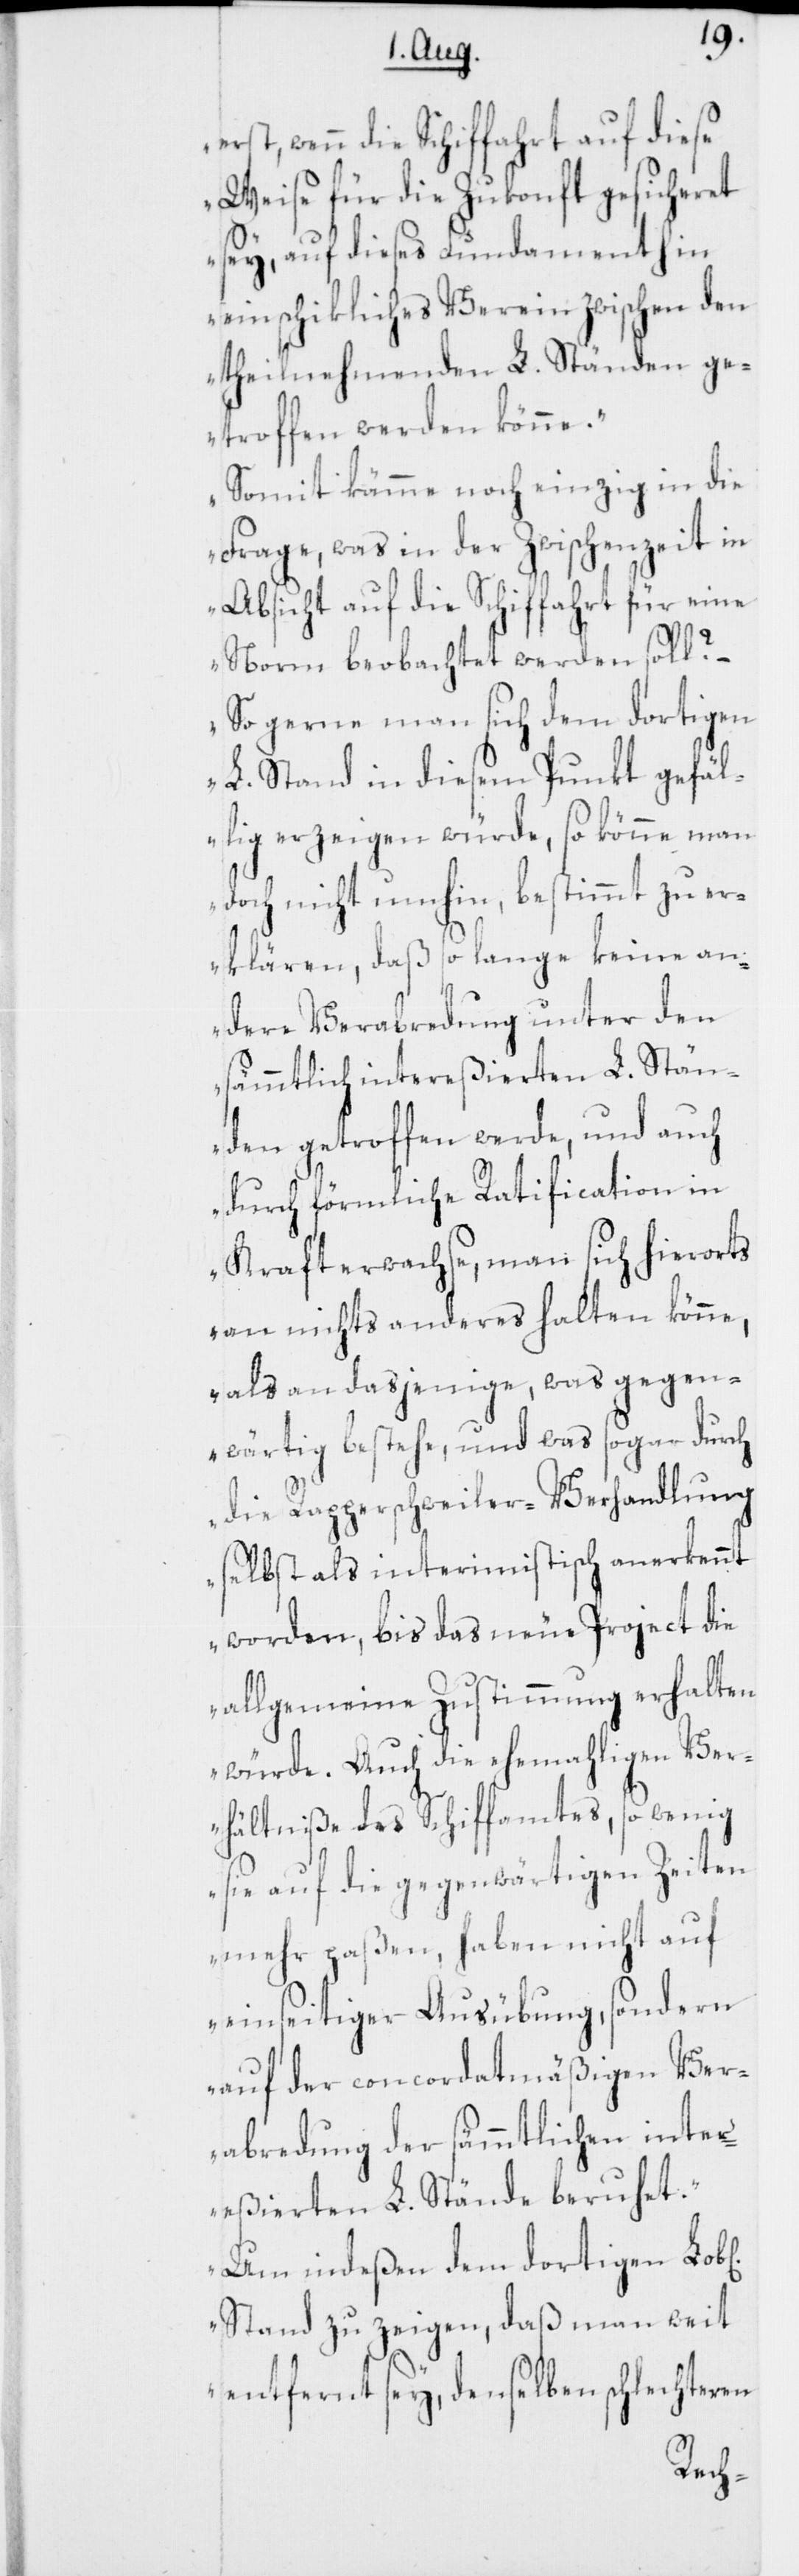
erst, wenn die Schiffahrt auf diese
Weise für die Zukonft gesicheret
sey, auf dieses Fundament hin
ein schikliches Verein zwischen den
theilnehmenden L. Ständen ge¬
troffen werden könne.
Frage, was in der Zwischenzeit in
Absicht auf die Schiffahrt für eine
Norm beobachtet werden soll? –
So gerne man sich dem dortigen
L. Stand in diesem Punkt gefäl¬
lig erzeigen würde, so könne man
doch nicht umhin, bestimmt zu er¬
klären, daß so lange keine an¬
dere Verabredung unter den
sämmtlich intereßierten L. Stän¬
den getroffen werde, und auch
durch förmliche Ratification in
Kraft erwachse, man sich hierorts
an nichts anderes halten könne,
als an dasjenige, was gegen¬
wärtig bestehe, und was sogar durch
die Rapperschweiler-Verhandlung
selbst als interimistisch anerkennt
worden, bis das neue Project die
allgemeine Zustimmung erhalten
würde. Auch die ehemahligen Ver¬
hältniße des Schiffamtes, so wenig
sie auf die gegenwärtigen Zeiten
mehr paßen, haben nicht auf
einseitiger Ausübung, sondern
auf der concordatmäßigen Ver¬
abredung der sämmtlichen inter¬
eßierten L. Stände beruhet.
Um indeßen dem dortigen Lob[l¬
Stand zu zeigen, daß man weit
entfernt sey, denselben schlechteren
en]